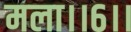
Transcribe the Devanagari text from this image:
मला।।६।।